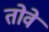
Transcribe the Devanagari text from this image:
तोवे